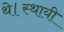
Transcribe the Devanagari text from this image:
थे।स्थायी